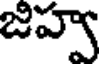
జిహ్వ